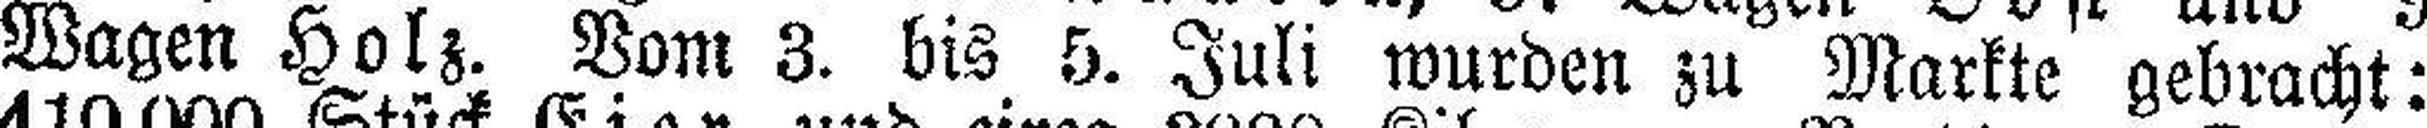
Wagen Holz. Vom 3. bis 5. Juli wurden zu Markte gebracht: